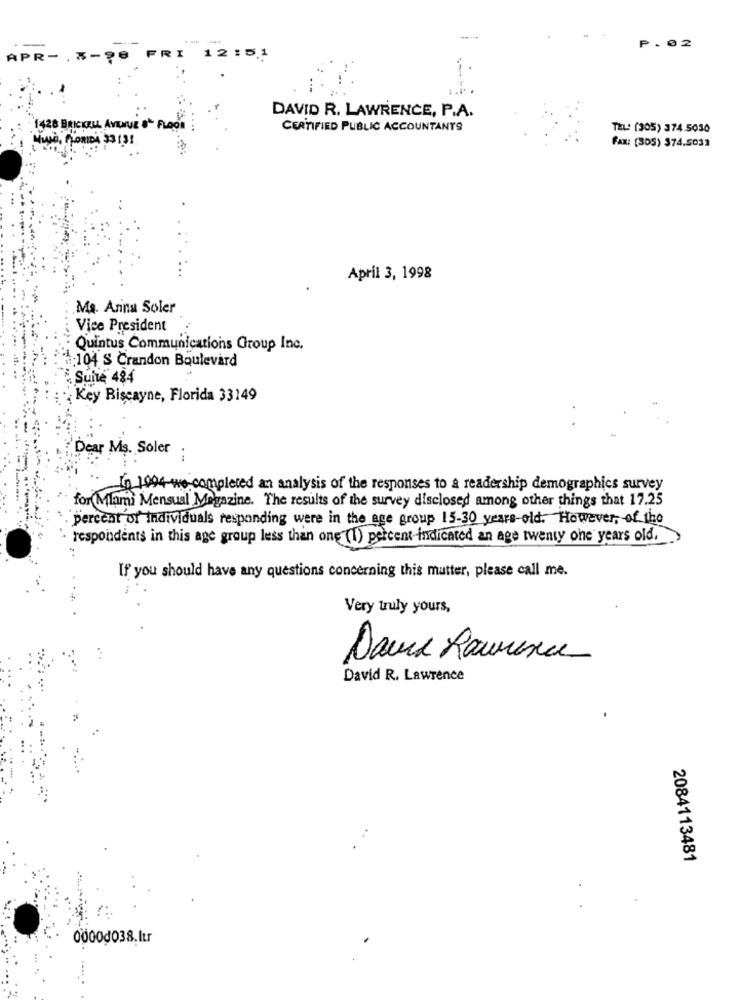
---
P. 02
FRI
APR-
3-98
12:51
DAVID R. LAWRENCE, P.A.
1428 BRICKELL AVENUE & FLOOR
CERTIFIED PUBLIC ACCOUNTANTS
TEL: (305) 374.5030
MIND, FLORIDA 231.31
FAX: (305) 374.5033
April 3, 1998
Ma. Arina Soler
Vice President
Quintus Communications Group Inc.
104 S Crandon Boulevard
Suite 484
Key Biscayne, Florida 33149
Dear Ms. Soler
:
In 1994 we completed an analysis of the responses to a readership demographics survey
for Miami Mensual Magazine. The results of the survey disclosed among other things that 17.25
. percent of Individuals responding were in the age group 15-30 years-old. However, of the
respondents in this age group less than one (1) percent indicated an age twenty one years old,
If you should have any questions concerning this matter, please call me.
Very truly yours,
David Raumence
David R. Lawrence
.
2084113481
0000d038.Itr